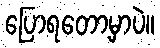
ပြောရတော့မှာပဲ။